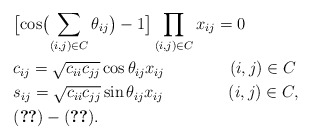
\begin{align*}& \bigl [ \cos \bigl ( \sum_{(i,j)\in C } \theta_{ij} \bigr ) - 1 \bigr] \prod_{(i,j)\in C }x_{ij} = 0 \\& c_{ij} = \sqrt{c_{ii}c_{jj}}\cos \theta_{ij} x_{ij} \qquad\qquad(i,j) \in C \\& s_{ij} = \sqrt{c_{ii}c_{jj}}\sin \theta_{ij} x_{ij} \qquad\qquad(i,j) \in C, \\& \eqref{dummy2}-\eqref{dummy5}.\end{align*}